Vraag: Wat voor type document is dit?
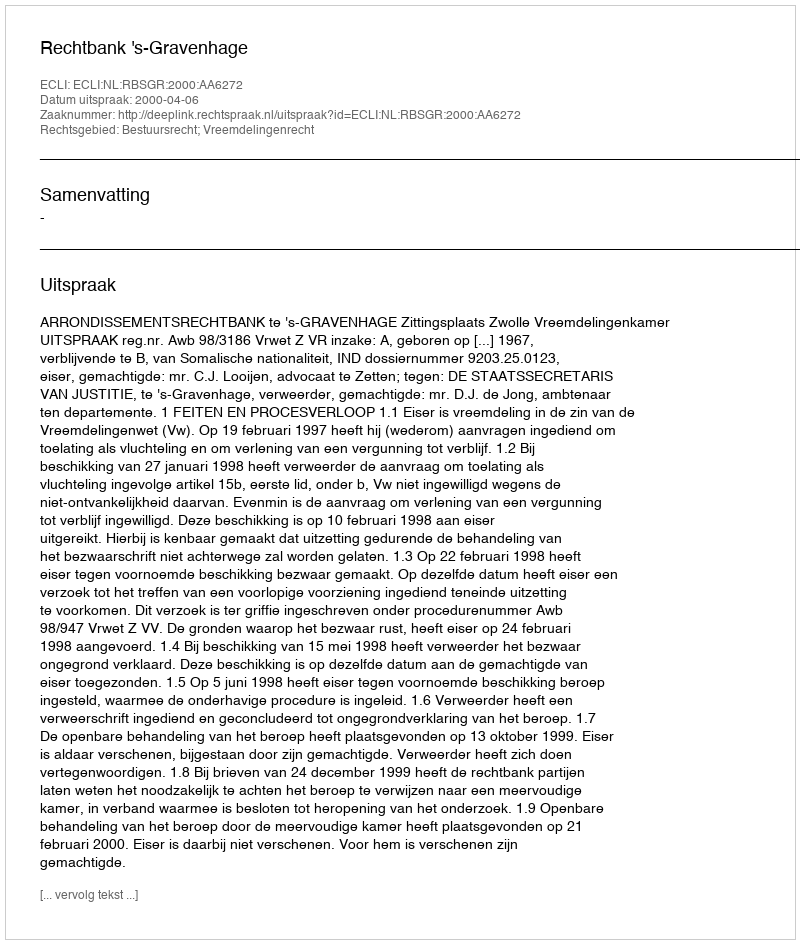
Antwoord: Uitspraak